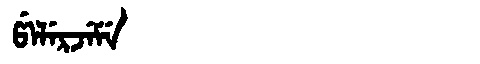
Manchu: ᡦᡝᠯᡝᡵᠵᡝᠮᡝ
Romanization: PELERJEME